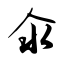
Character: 氽